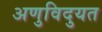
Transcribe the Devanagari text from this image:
अणुविदुयत